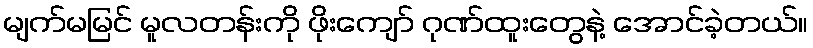
မျက်မမြင် မူလတန်းကို ဖိုးကျော် ဂုဏ်ထူးတွေနဲ့ အောင်ခဲ့တယ်။